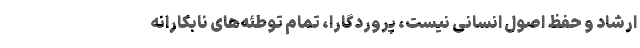
ارشاد و حفظ اصول انسانی نیست، پروردگارا، تمام توطئه‌های نابکارانه